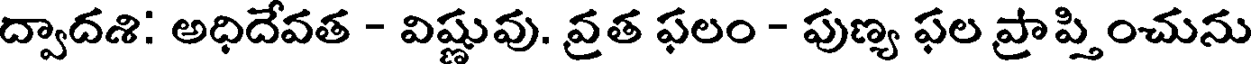
ద్వాదశి: అధిదేవత - విష్ణువు. వ్రత ఫలం - పుణ్య ఫల ప్రాప్తించును